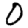
Digit: 0